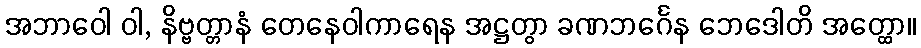
အဘာဝေါ ဝါ, နိဗ္ဗတ္တာနံ တေနေဝါကာရေန အဋ္ဌတွာ ခဏဘင်္ဂေန ဘေဒေါတိ အတ္ထော။